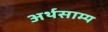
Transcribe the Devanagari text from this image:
अर्थसाम्य